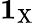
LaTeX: \textbf{1}_{\mathrm{X}}